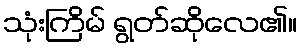
သုံးကြိမ် ရွတ်ဆိုလေ၏။